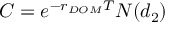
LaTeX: C = e ^ { - r _ { D O M } T } N ( d _ { 2 } )